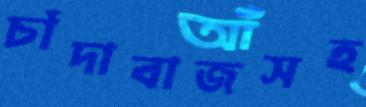
চাঁদাবাজসহ